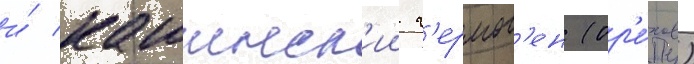
и́ кашинск'ии г'ермог'ен (ор'е́хов)